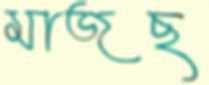
মাজছ